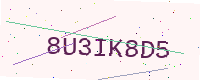
Text: 8U3IK8D5